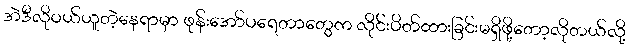
အဲဒီလိုဝယ်ယူတဲ့နေရာမှာ ဖုန်းအော်ပရေတာတွေက လိုင်းပိတ်ထားခြင်းမရှိဖို့တော့လိုတယ်လို့